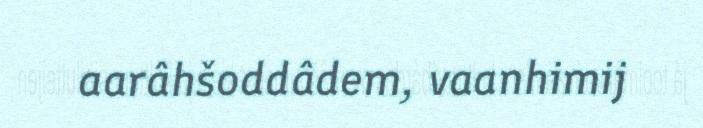
aarâhšoddâdem, vaanhimij